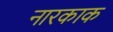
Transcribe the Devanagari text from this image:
नारकाक